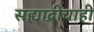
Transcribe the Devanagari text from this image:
सह्याद्रीचाही